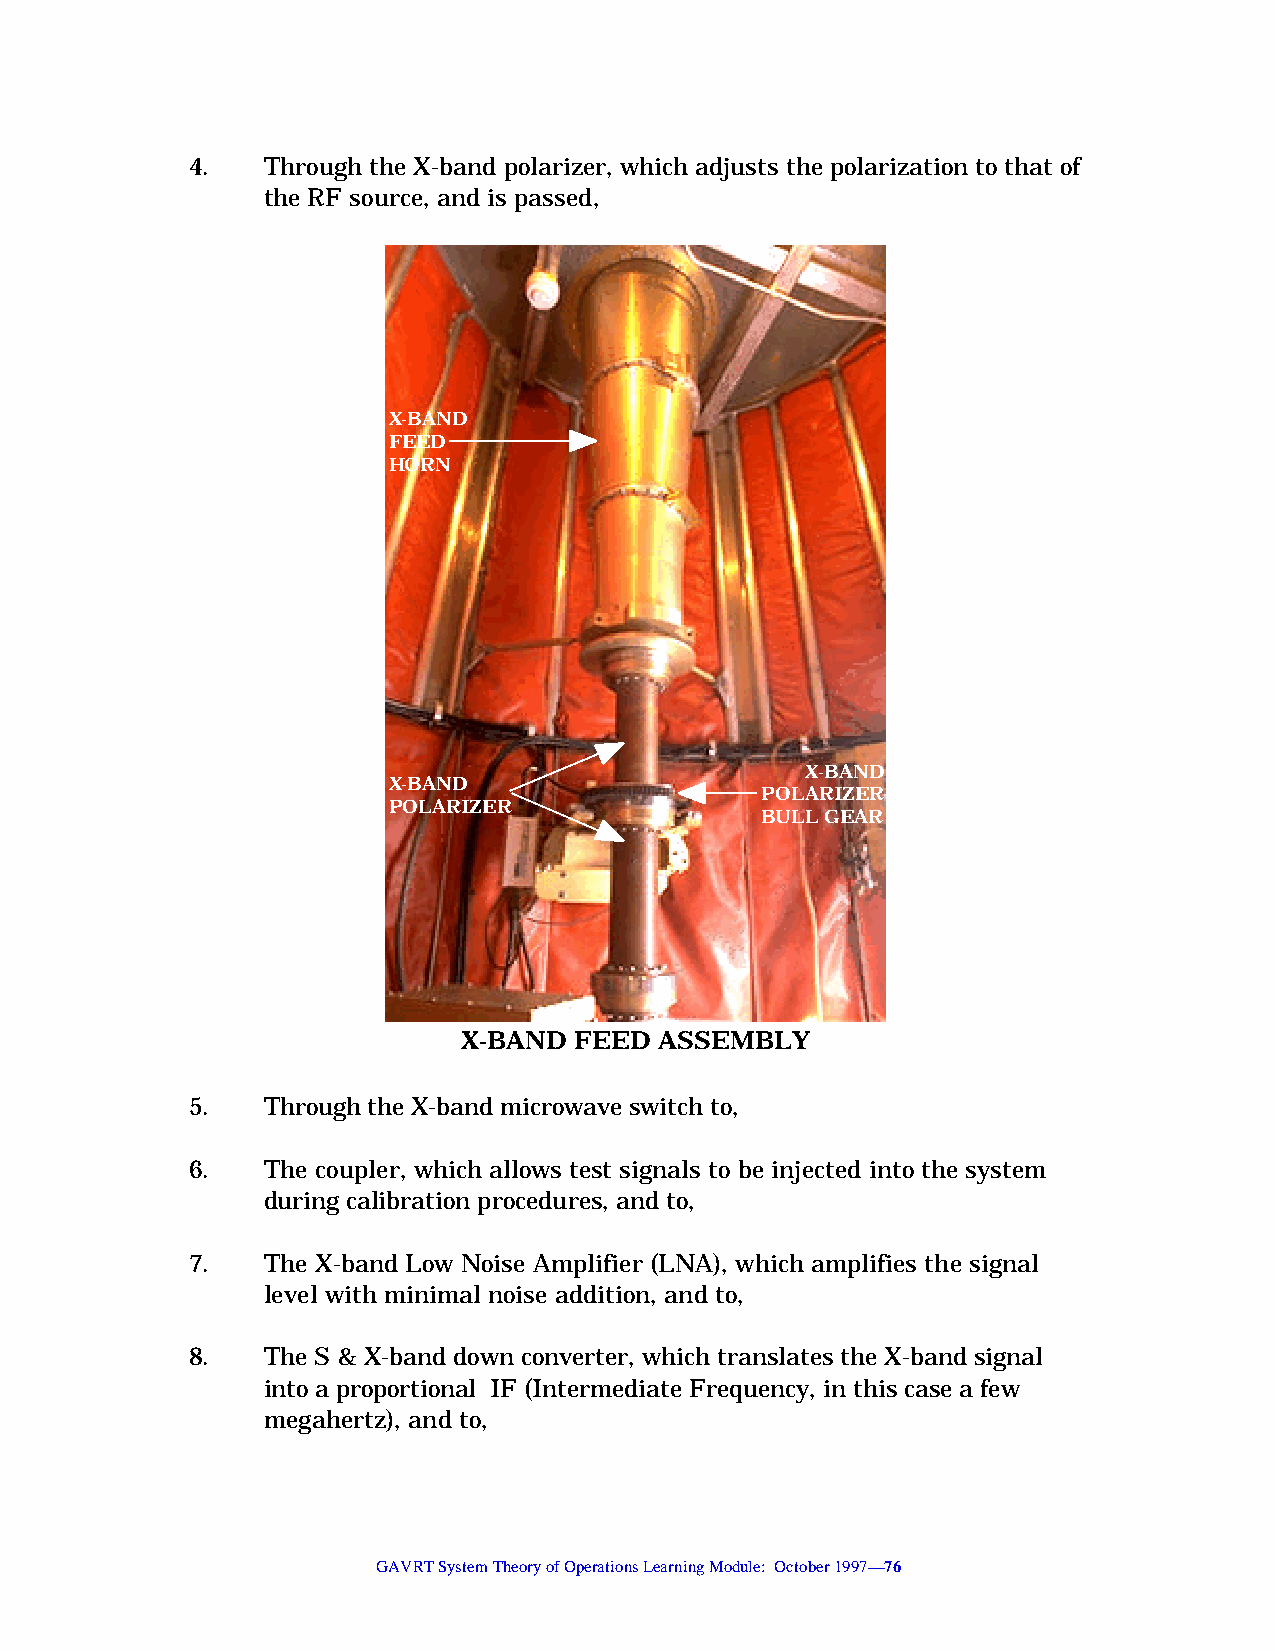
4.   Through the X-band polarizer, which adjusts the polarization to that of
 the RF source, and is passed,
 X-BAND
 FEED
 HORN
 X-BAND
 X-BAND
 POLARIZER
 POLARIZER
 BULL GEAR
 X-BAND FEED  ASSEMBLY
 5.   Through the X-band microwave switch to,
 6.   The coupler, which allows test signals to be injected into the system
 during calibration procedures, and to,
 7.   The X-band Low Noise Amplifier (LNA), which amplifies the signal
 level with minimal noise addition, and to,
 8.   The S & X-band down converter, which translates the X-band signal
 into a proportional IF (Intermediate Frequency, in this case a few
 megahertz), and to,
 GAVRT System Theory of Operations Learning Module: October 1997—76